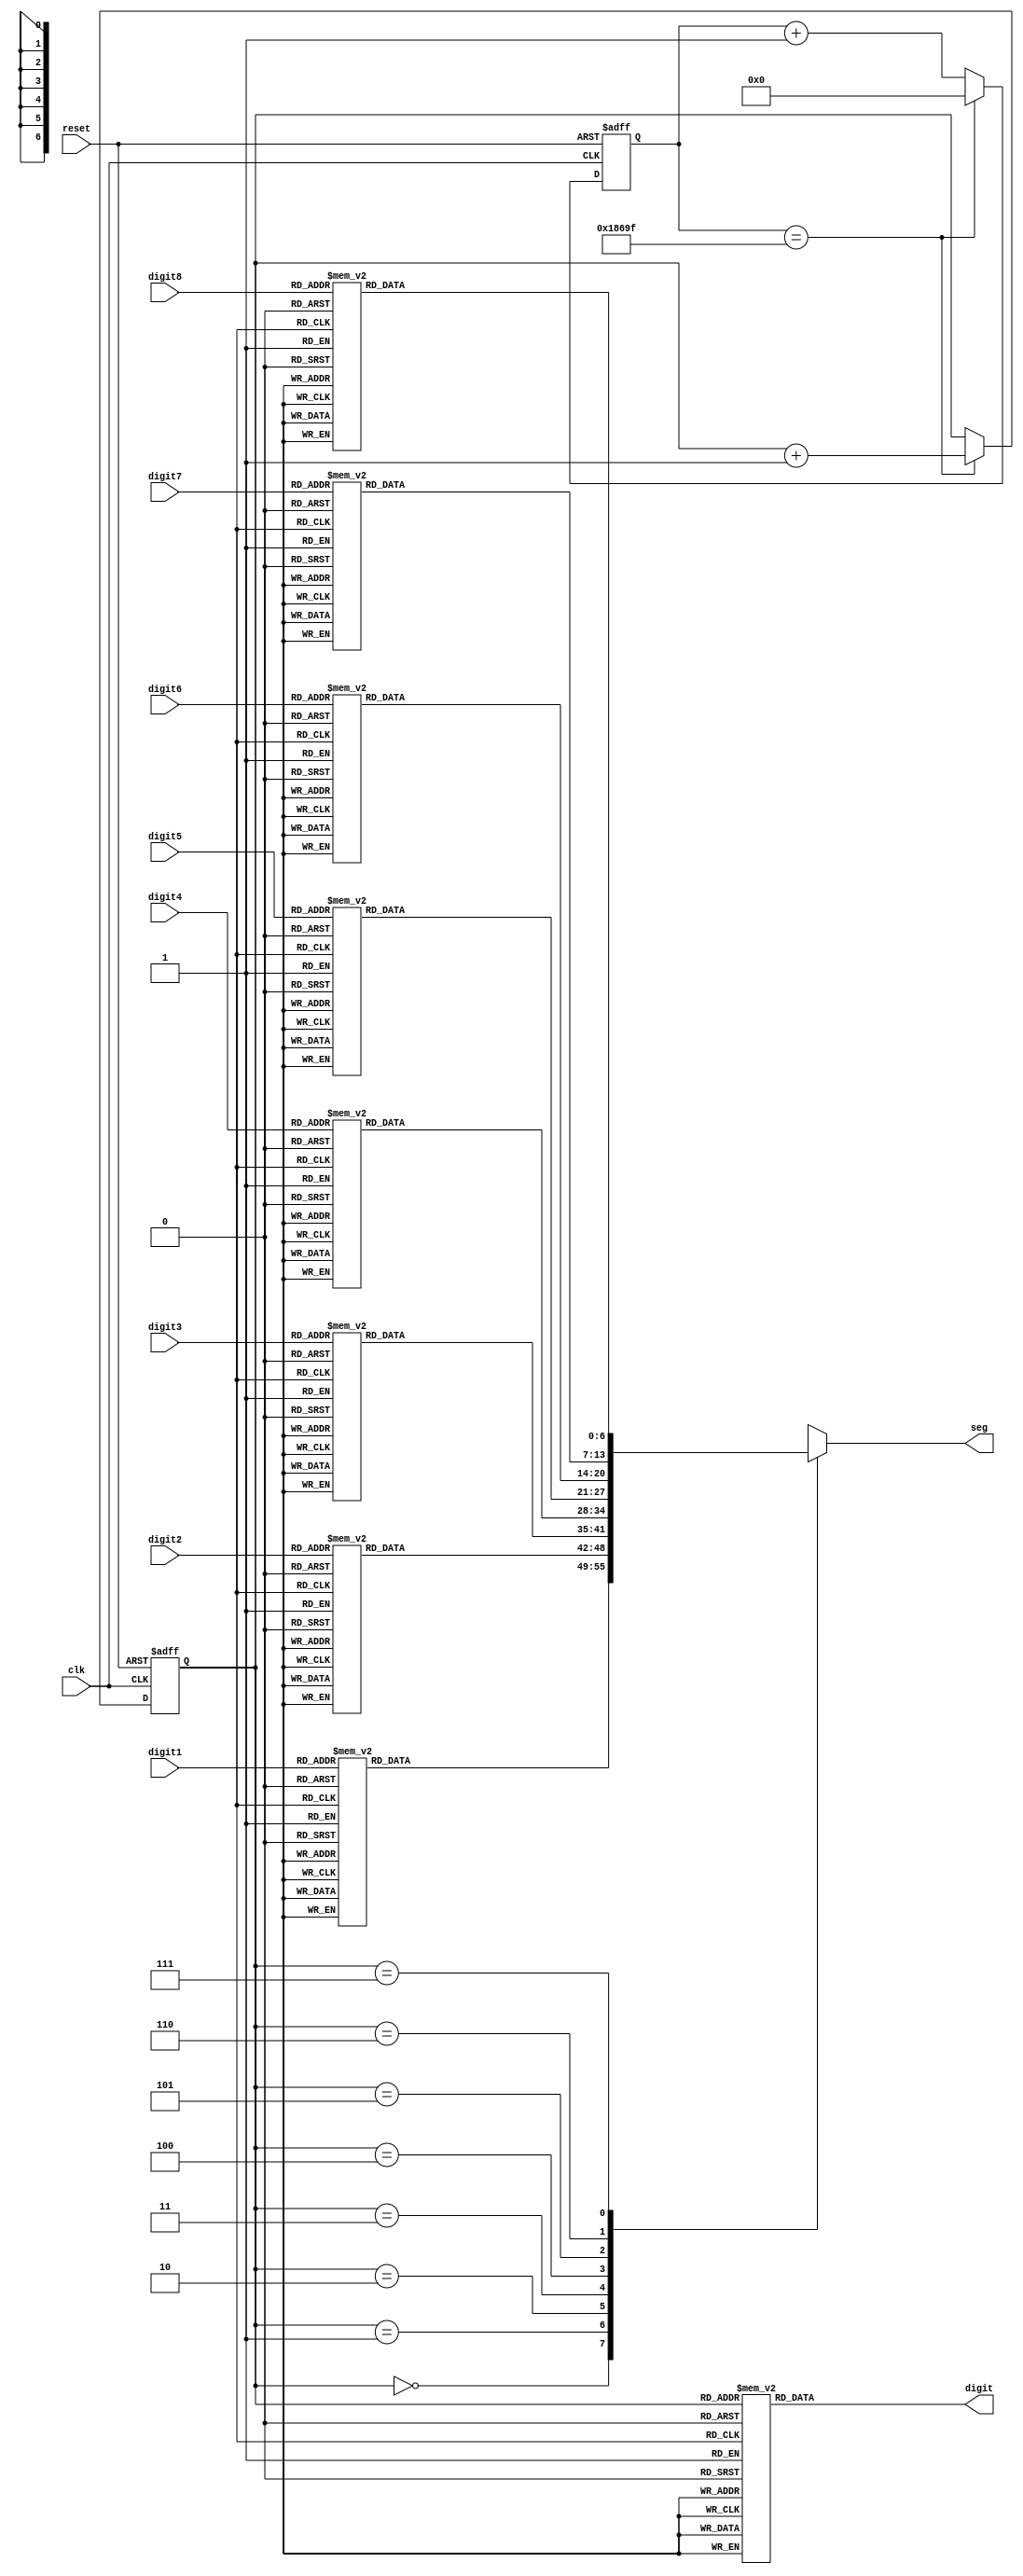
`timescale 1ns / 1ps

module seg7_control(
 input clk,
 input reset,
 input [3:0] digit1, // Rename 'ones' to 'digit1'
 input [3:0] digit2, // Rename 'tens' to 'digit2'
 input [3:0] digit3, // Rename 'hundreds' to 'digit3'
 input [3:0] digit4, // Rename 'thousands' to 'digit4'
 input [3:0] digit5,
 input [3:0] digit6,
 input [3:0] digit7,
 input [3:0] digit8,
 output reg [0:6] seg, // segment pattern 0-9
 output reg [7:0] digit // digit select signals
    );
    
    parameter OFF = 7'b111_1111; //OFF
    parameter ZERO = 7'b000_0001; // 0
    parameter ONE = 7'b100_1111; // 1
    parameter TWO = 7'b001_0010; // 2
    parameter THREE = 7'b000_0110; // 3
    parameter FOUR = 7'b100_1100; // 4
    parameter FIVE = 7'b010_0100; // 5
    parameter SIX = 7'b010_0000; // 6
    parameter SEVEN = 7'b000_1111; //7
    parameter EIGHT = 7'b000_0000; //8
    parameter NINE = 7'b000_0100; // 9
    
    reg [2:0] digit_select;
    reg [23:0] digit_timer;
    
    //Logic for controlic digit select and timer
    always @ (posedge clk or posedge reset) begin
        if(reset) begin
        digit_select <= 0;
        digit_timer <= 0;
        end
      else
         if(digit_timer == 99_999) begin 
            digit_timer <= 0; // 10ns x 100,000 =
            digit_select <= digit_select + 1;
            end
      else
            digit_timer <= digit_timer + 1;
    end
// Logic for driving the 8-bit anode output based on digit select
always @(digit_select) begin
case (digit_select)
3'b000 : digit = 8'b1111_1110; // Turn on digit1
3'b001 : digit = 8'b1111_1101; // Turn on digit2
3'b010 : digit = 8'b1111_1011; // Turn on digit3
3'b011 : digit = 8'b1111_0111; // Turn on digit4
3'b100 : digit = 8'b1110_1111; // Turn on digit5
3'b101 : digit = 8'b1101_1111; // Turn on digit6
3'b110 : digit = 8'b1011_1111; // Turn on digit7
3'b111 : digit = 8'b0111_1111; // Turn on digit8
endcase
end
    
    
// Logic for driving segments based on which digit is selected and the value of each digit
always @*
case (digit_select)
3'b000:begin // ONES DIGIT
case (digit1)
4'b0000: seg = ZERO;
4'b0001: seg = ONE;
4'b0010: seg = TWO;
4'b0011: seg = THREE;
4'b0100: seg = FOUR;
4'b0101: seg = FIVE;
4'b0110: seg = SIX;
4'b0111: seg = SEVEN;
4'b1000: seg = EIGHT;
4'b1001: seg = NINE;
4'hA: seg = 7'b0001000;
4'hB: seg = 7'b1100000;
4'hC: seg = 7'b0110001;
4'hD: seg = 7'b1000010;
4'hE: seg = 7'b0110000;
4'hF: seg = 7'b1111111;
default: seg = OFF;
endcase
end
3'b001:begin // TENS DIGIT
case (digit2)
4'b0000: seg = ZERO;
4'b0001: seg = ONE;
4'b0010: seg = TWO;
4'b0011: seg = THREE;
4'b0100: seg = FOUR;
4'b0101: seg = FIVE;
4'b0110: seg = SIX;
4'b0111: seg = SEVEN;
4'b1000: seg = EIGHT;
4'b1001: seg = NINE;
4'hA: seg = 7'b0001000;
4'hB: seg = 7'b1100000;
4'hC: seg = 7'b0110001;
4'hD: seg = 7'b1000010;
4'hE: seg = 7'b0110000;
4'hF: seg = 7'b1111111;
default: seg = OFF;
endcase
end
3'b010:begin // HUNDREDS DIGIT
case (digit3)
4'b0000: seg = ZERO;
4'b0001: seg = ONE;
4'b0010: seg = TWO;
4'b0011: seg = THREE;
4'b0100: seg = FOUR;
4'b0101: seg = FIVE;
4'b0110: seg = SIX;
4'b0111: seg = SEVEN;
4'b1000: seg = EIGHT;
4'b1001: seg = NINE;
4'hA: seg = 7'b0001000;
4'hB: seg = 7'b1100000;
4'hC: seg = 7'b0110001;
4'hD: seg = 7'b1000010;
4'hE: seg = 7'b0110000;
4'hF: seg = 7'b1111111;
default: seg = OFF;
endcase
end
3'b011:begin // THOUSANDS DIGIT
case (digit4)
4'b0000: seg = ZERO;
4'b0001: seg = ONE;
4'b0010: seg = TWO;
4'b0011: seg = THREE;
4'b0100: seg = FOUR;
4'b0101: seg = FIVE;
4'b0110: seg = SIX;
4'b0111: seg = SEVEN;
4'b1000: seg = EIGHT;
4'b1001: seg = NINE;
4'hA: seg = 7'b0001000;
4'hB: seg = 7'b1100000;
4'hC: seg = 7'b0110001;
4'hD: seg = 7'b1000010;
4'hE: seg = 7'b0110000;
4'hF: seg = 7'b1111111;
default: seg = OFF;
endcase
end
3'b100:begin // DIGIT 5
case (digit5)
4'b0000: seg = ZERO;
4'b0001: seg = ONE;
4'b0010: seg = TWO;
4'b0011: seg = THREE;
4'b0100: seg = FOUR;
4'b0101: seg = FIVE;
4'b0110: seg = SIX;
4'b0111: seg = SEVEN;
4'b1000: seg = EIGHT;
4'b1001: seg = NINE;
4'hA: seg = 7'b0001000;
4'hB: seg = 7'b1100000;
4'hC: seg = 7'b0110001;
4'hD: seg = 7'b1000010;
4'hE: seg = 7'b0110000;
4'hF: seg = 7'b1111111;
default: seg = OFF;
endcase
end
3'b101:begin // DIGIT 6
case (digit6)
4'b0000: seg = ZERO;
4'b0001: seg = ONE;
4'b0010: seg = TWO;
4'b0011: seg = THREE;
4'b0100: seg = FOUR;
4'b0101: seg = FIVE;
4'b0110: seg = SIX;
4'b0111: seg = SEVEN;
4'b1000: seg = EIGHT;
4'b1001: seg = NINE;
4'hA: seg = 7'b0001000;
4'hB: seg = 7'b1100000;
4'hC: seg = 7'b0110001;
4'hD: seg = 7'b1000010;
4'hE: seg = 7'b0110000;
4'hF: seg = 7'b1111111;
default: seg = OFF;
endcase
end
3'b110:begin // DIGIT 7
case (digit7)
4'b0000: seg = ZERO;
4'b0001: seg = ONE;
4'b0010: seg = TWO;
4'b0011: seg = THREE;
4'b0100: seg = FOUR;
4'b0101: seg = FIVE;
4'b0110: seg = SIX;
4'b0111: seg = SEVEN;
4'b1000: seg = EIGHT;
4'b1001: seg = NINE;
4'hA: seg = 7'b0001000;
4'hB: seg = 7'b1100000;
4'hC: seg = 7'b0110001;
4'hD: seg = 7'b1000010;
4'hE: seg = 7'b0110000;
4'hF: seg = 7'b1111111;
default: seg = OFF;
endcase
end
3'b111:begin // DIGIT 8
case (digit8)
4'b0000: seg = ZERO;
4'b0001: seg = ONE;
4'b0010: seg = TWO;
4'b0011: seg = THREE;
4'b0100: seg = FOUR;
4'b0101: seg = FIVE;
4'b0110: seg = SIX;
4'b0111: seg = SEVEN;
4'b1000: seg = EIGHT;
4'b1001: seg = NINE;
4'hA: seg = 7'b0001000;
4'hB: seg = 7'b1100000;
4'hC: seg = 7'b0110001;
4'hD: seg = 7'b1000010;
4'hE: seg = 7'b0110000;
4'hF: seg = 7'b1111111;
default: seg = OFF;
endcase
end
endcase
endmodule